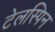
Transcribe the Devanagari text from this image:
टेलस्पिन